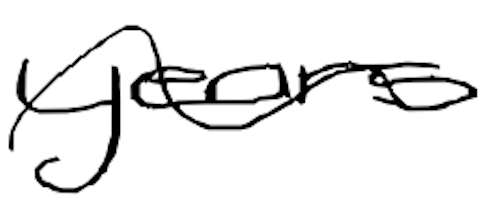
Text: years
Cross-out: wave
Writing tool: digital_black